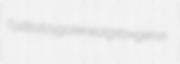
Tallbot zygotene digitoxigenin